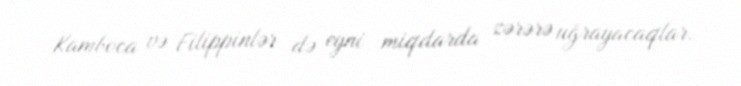
Kamboca və Filippinlər də eyni miqdarda zərərə uğrayacaqlar.